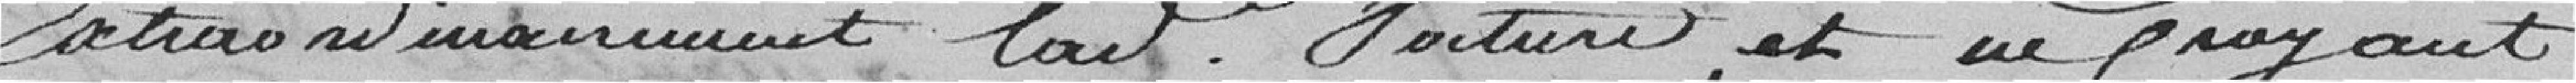
extraordinairement la dite voiture, et ne frayant